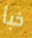
خبأ